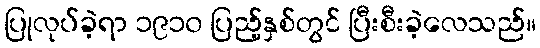
ပြုလုပ်ခဲ့ရာ ၁၉၁၀ ပြည့်နှစ်တွင် ပြီးစီးခဲ့လေသည်။